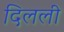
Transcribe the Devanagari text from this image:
दिलली